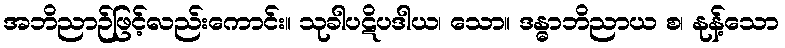
အဘိညာဉ်ဖြင့်လည်းကောင်း။ သုခါပဋိပဒါယ၊ သော။ ဒန္ဓာဘိညာယ စ၊ နုန့်သော